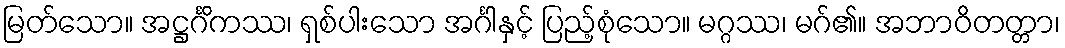
မြတ်သော။ အဋ္ဌင်္ဂိကဿ၊ ရှစ်ပါးသော အင်္ဂါနှင့် ပြည့်စုံသော။ မဂ္ဂဿ၊ မဂ်၏။ အဘာဝိတတ္တာ၊